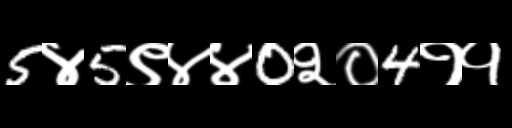
Text: 5४5९४४0२०4११